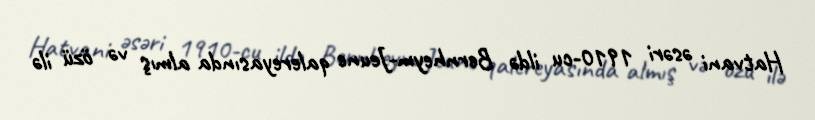
Hatvani əsəri 1910-cu ildə Bernheym-Jeune qalereyasında almış və özü ilə